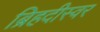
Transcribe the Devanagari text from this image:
ब्रिहदीस्वर